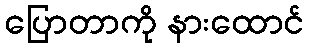
ပြောတာကို နားထောင်